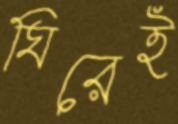
ঘিরেই